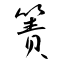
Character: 簀